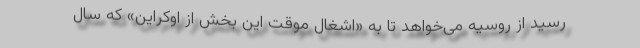
رسید از روسیه می‌خواهد تا به «اشغال موقت این بخش از اوکراین» که سال